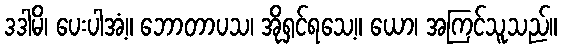
ဒဒါမိ၊ ပေးပါအံ့။ ဘောတာပသ၊ အိုရှင်ရသေ့။ ယော၊ အကြင်သူသည်။